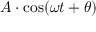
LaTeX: A \cdot \cos ( \omega t + \theta )